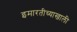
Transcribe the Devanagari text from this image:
इमारतीच्याखाली